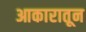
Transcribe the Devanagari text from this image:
आकारातून